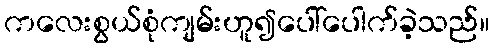
ကလေးစွယ်စုံကျမ်းဟူ၍ပေါ်ပေါက်ခဲ့သည်။